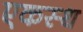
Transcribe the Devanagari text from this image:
एकस्थ